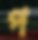
প